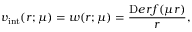
v _ { \mathrm { i n t } } ( r ; \mu ) = w ( r ; \mu ) = \frac { \mathrm Ḋ e r f Ḍ ( \mu r ) } { r } ,